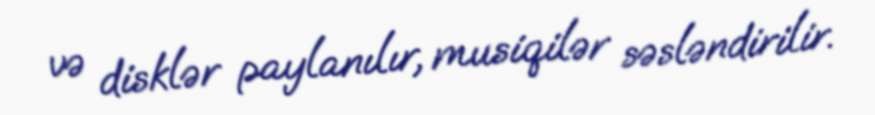
və disklər paylanılır, musiqilər səsləndirilir.